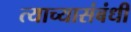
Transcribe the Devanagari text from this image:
त्याच्यासंबंधी